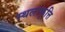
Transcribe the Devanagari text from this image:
स्थलाकृत्ति